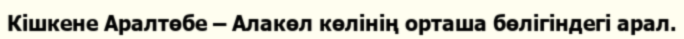
Кішкене Аралтөбе – Алакөл көлінің орташа бөлігіндегі арал.